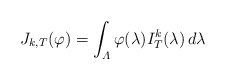
\begin{align*}J_{k,T}(\varphi) =\int_{\varLambda}\varphi(\lambda)I_{T}^{k}(\lambda)\,d\lambda\end{align*}